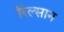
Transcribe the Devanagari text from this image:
रिल्सान